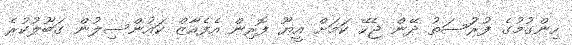
ހިންގުމުގެ ފުރުަސަތު ދޭން ޖެހޭ ކަމަށް އީޔޫ ފޮރިން އެފެއާޒް ކައުންސިލުން ގަބޫލުކުރެ